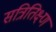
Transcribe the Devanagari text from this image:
सत्रितिक्ष्ण